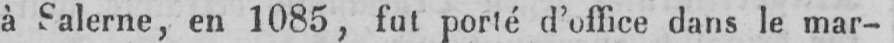
à Salerne, en 1085, fut porté d’office dans le mar-